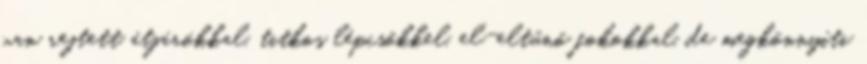
van rejtett átjárókkal, titkos lépcsőkkel, el-eltűnő fokokkal, de megkönnyíti